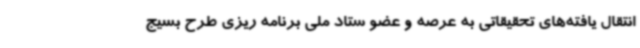
انتقال یافته‌های تحقیقاتی به عرصه و عضو ستاد ملی برنامه ریزی طرح بسیج